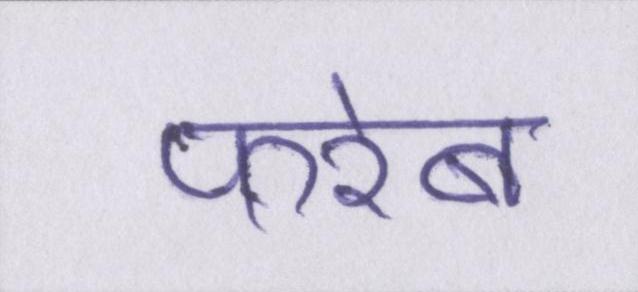
फरेब